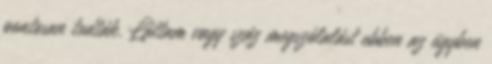
pontosan tudták. Láttam vagy száz megszólalást ebben az ügyben